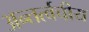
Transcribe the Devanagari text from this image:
अन्तर्त्वचीय